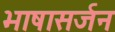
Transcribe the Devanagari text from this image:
भाषासर्जन